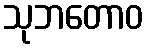
သုဘတောဝ